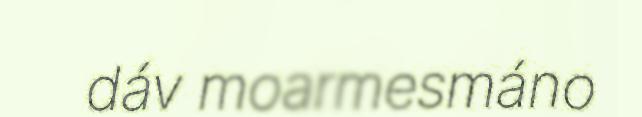
dáv moarmesmáno